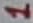
Text: 1